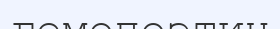
гемопоэтин